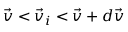
\vec { v } < \vec { v } _ { i } < \vec { v } + d \vec { v }